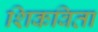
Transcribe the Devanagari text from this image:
शिकविता